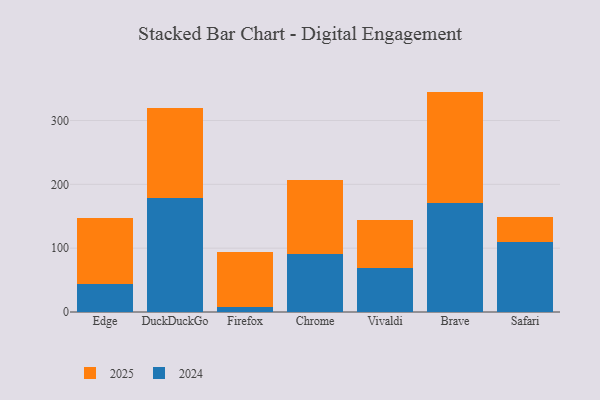
{"axis": {"x": "Browser", "y": "Production Output"}, "legend": ["2024", "2025"], "data": [{"x": "Edge", "y": 44.1, "type": "2024"}, {"x": "Edge", "y": 103.2, "type": "2025"}, {"x": "DuckDuckGo", "y": 178.7, "type": "2024"}, {"x": "DuckDuckGo", "y": 140.7, "type": "2025"}, {"x": "Firefox", "y": 8.6, "type": "2024"}, {"x": "Firefox", "y": 84.7, "type": "2025"}, {"x": "Chrome", "y": 90.4, "type": "2024"}, {"x": "Chrome", "y": 116.6, "type": "2025"}, {"x": "Vivaldi", "y": 69.7, "type": "2024"}, {"x": "Vivaldi", "y": 74.1, "type": "2025"}, {"x": "Brave", "y": 171.0, "type": "2024"}, {"x": "Brave", "y": 174.3, "type": "2025"}, {"x": "Safari", "y": 110.1, "type": "2024"}, {"x": "Safari", "y": 38.9, "type": "2025"}]}